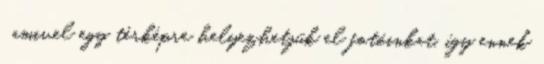
, amivel egy térképre helyezhetjük el fotóinkat, így ennek